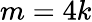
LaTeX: m=4k